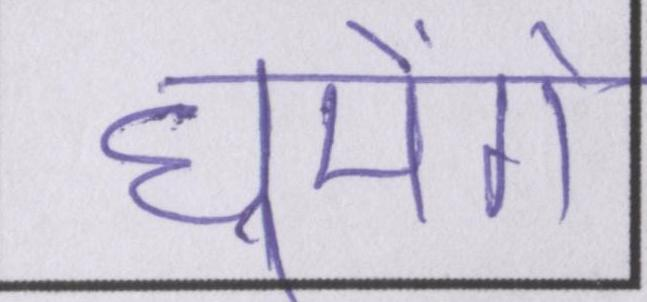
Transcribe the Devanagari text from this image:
घूमेंगे